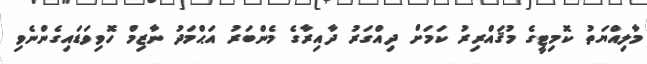
މާލިއްޔަތު ކޮމިޓީގެ މުޤައްރިރު ކަމަށް ދިއްގަރު ދާއިރާގެ މެންބަރު އަޙްމަދު ނާޒިމް ހޮވިވަޑައިގެންނެވި